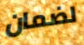
لضمان